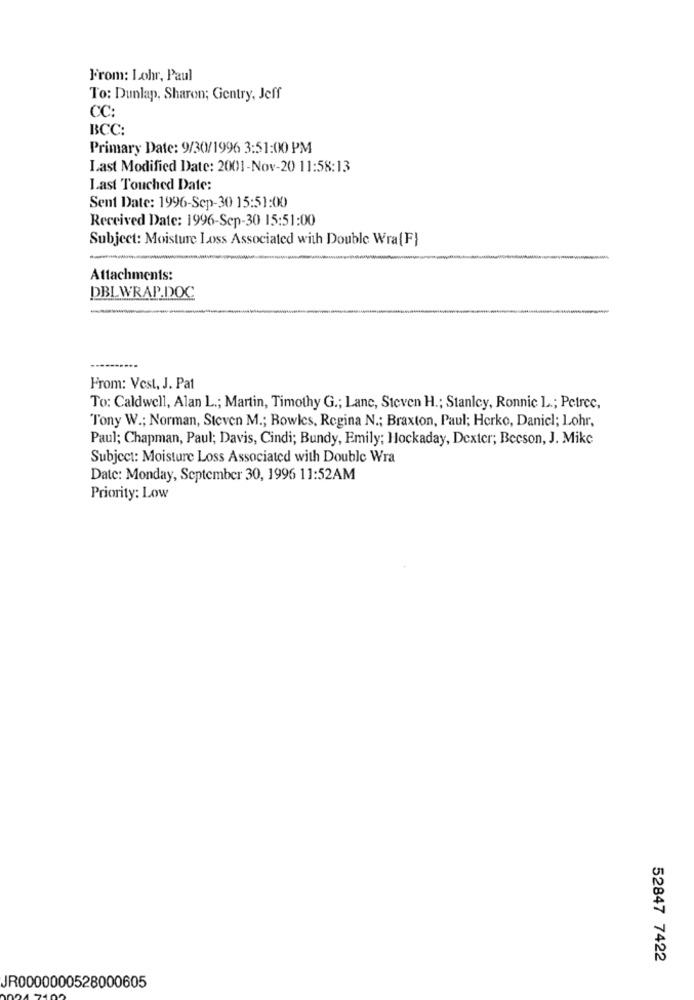
From: Lohr, Paul
To: Dunlap, Sharon; Gentry, Jeff
CC:
BCC:
Primary Date: 9/30/1996 3:51:00 PM
Last Modified Date: 2001-Nov-20 11:58:13
Last Touched Date:
Sent Date: 1996-Sep-30 15:51:00
Received Date: 1996-Sep-30 15:51:00
Subject: Moisture Loss Associated with Double Wra{F}
Attachments:
DBLWRAP.DOC
-
From: Vest, J. Pat
To: Caldwell, Alan L .; Martin, Timothy G .; Lane, Steven H .; Stanley, Ronnie L .; Petrec,
Tony W .; Norman, Steven M .; Bowles, Regina N .; Braxton, Paul; Herko, Daniel; Lohr,
Paul; Chapman, Paul; Davis, Cindi; Bundy, Emily; Hockaday, Dexter; Becson, J. Mike
Subject: Moisture Loss Associated with Double Wra
Date: Monday, September 30, 1996 11:52AM
Priority: Low
52847 7422
JR0000000528000605